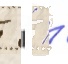
   '